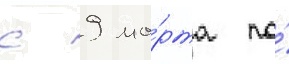
с 9 ма́рта по́